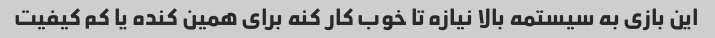
این بازی به سیستمه بالا نیازه تا خوب کار کنه برای همین کنده یا کم کیفیت